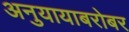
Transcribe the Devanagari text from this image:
अनुयायाबरोबर